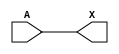
/*
 * Copyright 2020 The SkyWater PDK Authors
 *
 * Licensed under the Apache License, Version 2.0 (the "License");
 * you may not use this file except in compliance with the License.
 * You may obtain a copy of the License at
 *
 *     https://www.apache.org/licenses/LICENSE-2.0
 *
 * Unless required by applicable law or agreed to in writing, software
 * distributed under the License is distributed on an "AS IS" BASIS,
 * WITHOUT WARRANTIES OR CONDITIONS OF ANY KIND, either express or implied.
 * See the License for the specific language governing permissions and
 * limitations under the License.
 *
 * SPDX-License-Identifier: Apache-2.0
*/


`ifndef SKY130_FD_SC_LP__DLYBUF4S25KAPWR_BEHAVIORAL_V
`define SKY130_FD_SC_LP__DLYBUF4S25KAPWR_BEHAVIORAL_V

/**
 * dlybuf4s25kapwr: Delay Buffer 4-stage 0.25um length inner stage
 *                  gates on keep-alive power rail.
 *
 * Verilog simulation functional model.
 */

`timescale 1ns / 1ps
`default_nettype none

`celldefine
module sky130_fd_sc_lp__dlybuf4s25kapwr (
    X,
    A
);

    // Module ports
    output X;
    input  A;

    // Module supplies
    supply1 VPWR ;
    supply0 VGND ;
    supply1 KAPWR;
    supply1 VPB  ;
    supply0 VNB  ;

    // Local signals
    wire buf0_out_X;

    //  Name  Output      Other arguments
    buf buf0 (buf0_out_X, A              );
    buf buf1 (X         , buf0_out_X     );

endmodule
`endcelldefine

`default_nettype wire
`endif  // SKY130_FD_SC_LP__DLYBUF4S25KAPWR_BEHAVIORAL_V